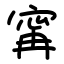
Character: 𡩋